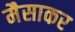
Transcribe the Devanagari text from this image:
मैसाकर